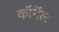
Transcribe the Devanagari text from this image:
काॅर्नेल